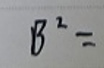
$\mathcal{B}^2 =$